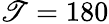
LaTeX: \mathscr{T}=180